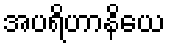
အပရိဟာနိယေ